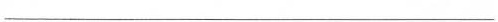
___